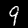
Label: 9